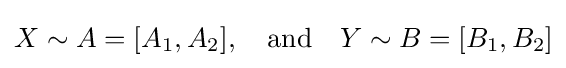
X\sim A=[A_{1},A_{2}],\quad {\text{and}}\quad Y\sim B=[B_{1},B_{2}]